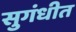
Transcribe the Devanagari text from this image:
सुगंधीत